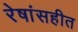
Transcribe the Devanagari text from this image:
रेषांसहीत